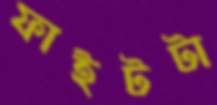
ফাইটটা